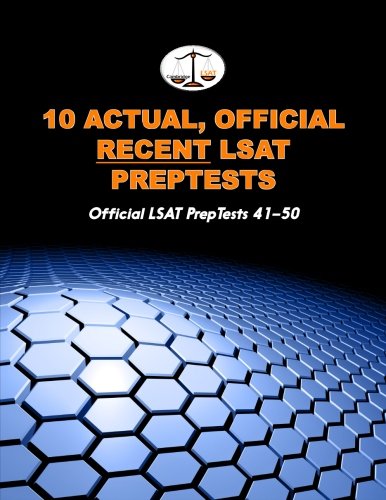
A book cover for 10 Actual, Official Recent LSAT PrepTests: Official LSAT PrepTests 41-50 (Cambridge LSAT); Morley Tatro; Test Preparation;